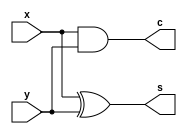
module half_adder(x,y,s,c);
input x,y;
output s,c;
xor(s,x,y);
and(c,x,y);
endmodule